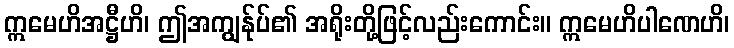
ဣမေဟိအဋ္ဌီဟိ၊ ဤအကျွန်ုပ်၏ အရိုးတို့ဖြင့်လည်းကောင်း။ ဣမေဟိပါဏေဟိ၊